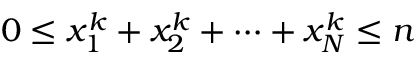
0 \leq x _ { 1 } ^ { k } + x _ { 2 } ^ { k } + \cdots + x _ { N } ^ { k } \leq n